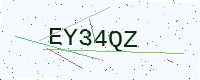
Text: EY34QZ